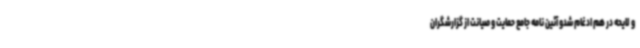
و لایحه در هم ادغام شدو آئین نامه جامع حمایت و صیانت از گزارشگران